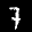
Label: 7